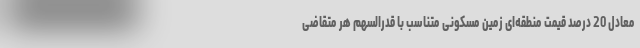
معادل 20 درصد قیمت منطقه‌ای زمین مسکونی متناسب با قدرالسهم هر متقاضی